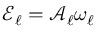
\mathcal { E } _ { \ell } = \mathcal { A } _ { \ell } \omega _ { \ell }